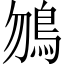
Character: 𩾲